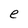
Character: e